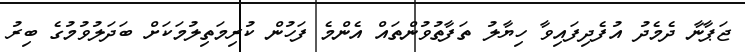
ޖަޕާނާ ދެމެދު އުފެދިފައިވާ ހިޔާލު ތަފާތުވުންތައް އެންމެ ފަހުން ކުރިމަތިލުމަކަށް ބަދަލުވުމުގެ ބިރު